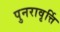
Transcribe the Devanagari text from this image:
पुनरावृर्त्ति